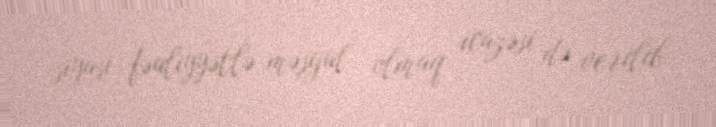
siyasi fəaliyyətlə məşğul olmaq icazəsi də verilib.